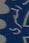
المرى